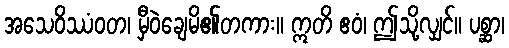
အသေဝိဿံဝတ၊ မှီဝဲချေမိ၏တကား။ ဣတိ ဧဝံ၊ ဤသို့လျှင်။ ပစ္ဆာ၊